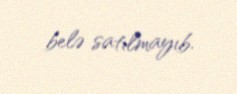
belə satılmayıb.